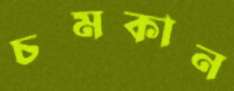
চমকান